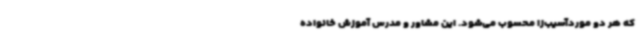
که هر دو موردآسیب‌زا محسوب می‌شود. این مشاور و مدرس آموزش خانواده